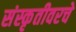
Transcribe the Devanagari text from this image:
संस्कृतीवरचे